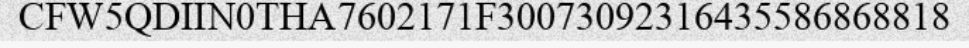
CFW5QDIIN0THA7602171F30073092316435586868818